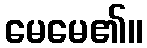
မေမေ၏။